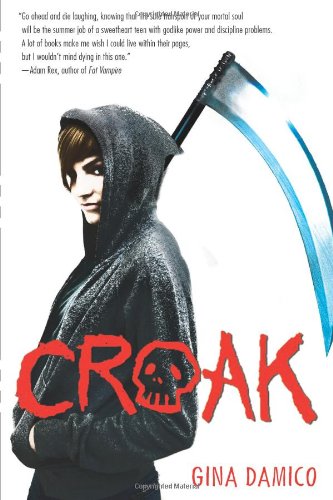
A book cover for Croak; Gina Damico; Teen & Young Adult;